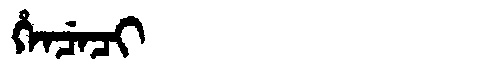
Manchu: ᡥᡝᠨᠴᡝᠴᡳ
Romanization: HENCECI